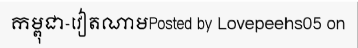
កម្ពុជា-វៀតណាមPosted by Lovepeehs05 on